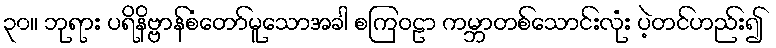
၃၀။ ဘုရား ပရိနိဗ္ဗာန်စံတော်မူသောအခါ စကြဝဠာ ကမ္ဘာတစ်သောင်းလုံး ပဲ့တင်ဟည်း၍